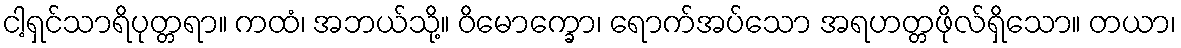
ငါ့ရှင်သာရိပုတ္တရာ။ ကထံ၊ အဘယ်သို့။ ဝိမောက္ခော၊ ရောက်အပ်သော အရဟတ္တဖိုလ်ရှိသော။ တယာ၊